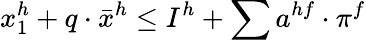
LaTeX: x_{1}^{h}+q\cdot{\bar{x}}^{h}\leq I^{h}+\sum a^{hf}\cdot\pi^{f}